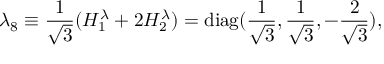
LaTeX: \lambda _ { 8 } \equiv \frac { 1 } { \sqrt 3 } ( H _ { 1 } ^ { \lambda } + 2 H _ { 2 } ^ { \lambda } ) = \mathrm { d i a g } ( \frac { 1 } { \sqrt 3 } , \frac { 1 } { \sqrt 3 } , - \frac { 2 } { \sqrt 3 } ) ,